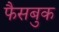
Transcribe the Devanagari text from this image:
फैसबुक